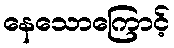
နေသောကြောင့်